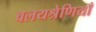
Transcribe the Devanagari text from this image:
वलयश्रेणियाँ